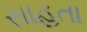
સાહતા